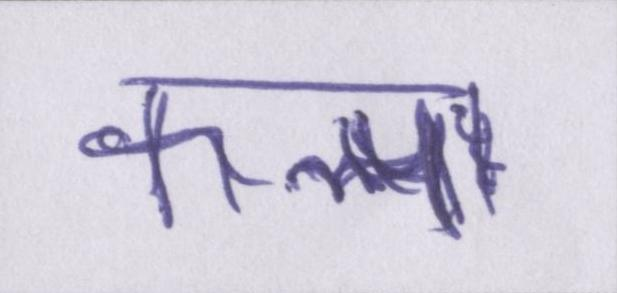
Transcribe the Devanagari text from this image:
कल्प